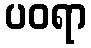
ပဝရာ